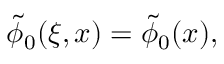
\begin{array} { r } { \tilde { \phi } _ { 0 } ( \xi , x ) = \tilde { \phi } _ { 0 } ( x ) , } \end{array}